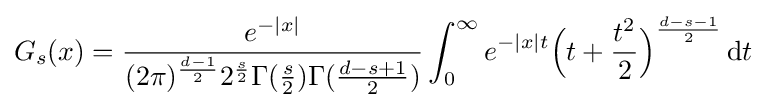
G_{s}(x)={\frac {e^{-\vert x\vert }}{(2\pi )^{\frac {d-1}{2}}2^{\frac {s}{2}}\Gamma ({\frac {s}{2}})\Gamma ({\frac {d-s+1}{2}})}}\int _{0}^{\infty }e^{-\vert x\vert t}{\Big (}t+{\frac {t^{2}}{2}}{\Big )}^{\frac {d-s-1}{2}}\,\mathrm {d} t